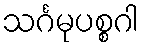
သင်္ဂမုပစ္စဂါ